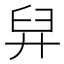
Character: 舁